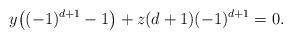
LaTeX: \begin{align*}y\big((-1)^{d+1}-1\big) + z(d+1)(-1)^{d+1}=0.\end{align*}